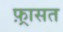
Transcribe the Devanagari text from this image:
फ़्रासत